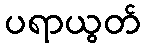
ပရာယွတ်